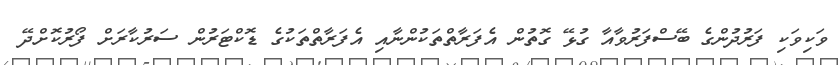
ވަކިވަކި ފަރުދުންގެ ބޭސްފަރުވާއާ ގުޅޭ ގޮތުން އެފަރާތްތަކުންނާއި އެފަރާތްތަކުގެ ޑޮކްޓަރުން ސަރުކާރަށް ފޯރުކޮށްދޭ